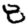
Digit: 8